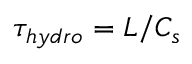
\tau _ { h y d r o } = L / C _ { s }